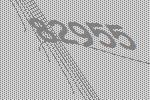
82955